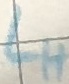
Text: LH